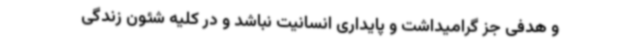
و هدفی جز گرامیداشت و پایداری انسانیت نباشد و در کلیه شئون زندگی